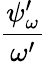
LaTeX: \frac{{\psi}_{\omega}^{\prime}}{\omega^{\prime}}